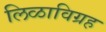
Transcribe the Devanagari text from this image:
लिळाविग्रह